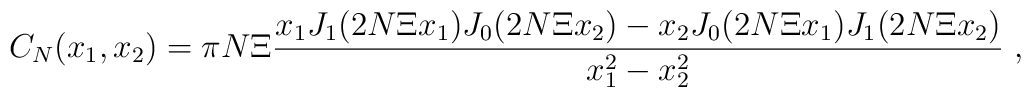
C_N(x_1,x_2)= \pi N\Xi\frac{x_1J_1(2N\Xi x_1)J_0(2N\Xi x_2)-    x_2J_0(2N\Xi x_1)J_1(2N\Xi x_2)}{x_1^2-x_2^2}\;,